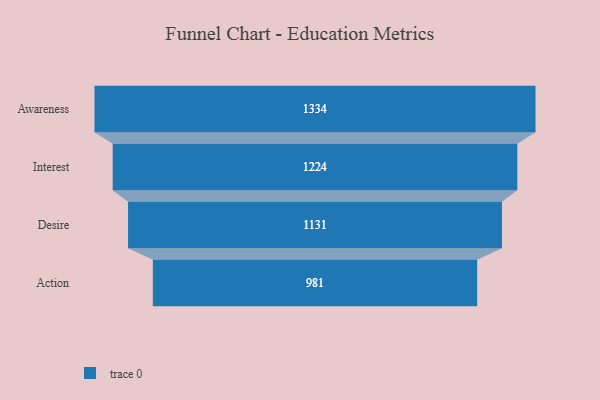
{"axis": {"x": "Stage", "y": "Value"}, "legend": [""], "data": [{"x": "Awareness", "y": 1334.0, "type": ""}, {"x": "Interest", "y": 1224.0, "type": ""}, {"x": "Desire", "y": 1131.0, "type": ""}, {"x": "Action", "y": 981.0, "type": ""}]}